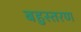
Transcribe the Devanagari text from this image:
बहुस्तरण